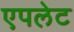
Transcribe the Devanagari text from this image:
एपलेट